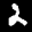
Label: 2